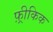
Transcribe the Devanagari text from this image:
फ़्रीकिक